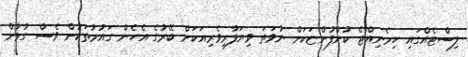
ލިސްޓެއްގައި ހިމެނިއްޖެ ކުންފުންޏަކަށް ނުވަތަ ވިޔަފާރިވެރިއަކަށް ބޭރުގެ އެހެން ގައުމުތަކުން ވެސް ގުޅުން